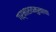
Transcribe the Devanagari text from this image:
गर्भाशयमुखाचा